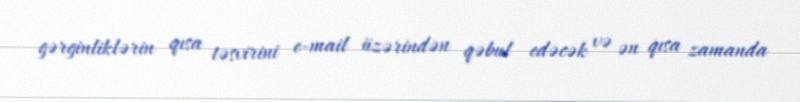
gərginliklərin qısa təsvirini e-mail üzərindən qəbul edəcək və ən qısa zamanda